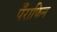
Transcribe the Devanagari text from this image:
पँराफिन